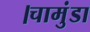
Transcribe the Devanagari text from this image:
।चामुंडा